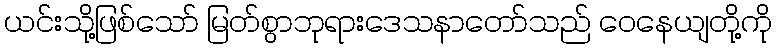
ယင်းသို့ဖြစ်သော် မြတ်စွာဘုရားဒေသနာတော်သည် ဝေနေယျတို့ကို